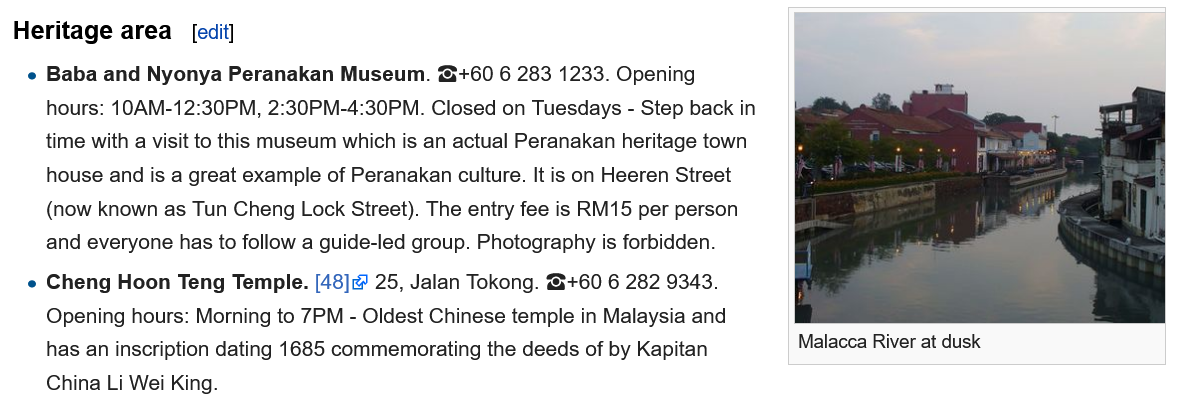
Heritage area   [edit]
   e Baba and Nyonya Peranakan Museum. &+60  6 283 1233. Opening
     hours: 10AM-12:30PM, 2:30PM-4:30PM. Closed on Tuesdays - Step back in
     time with a visit to this museum which is an actual Peranakan heritage town
     house and is a great example of Peranakan culture. It is on Heeren Street
     (now known as Tun Cheng Lock Street). The entry fee is RM15 per person
     and everyone has to follow a guide-led group. Photography is forbidden.
   e Cheng Hoon Teng Temple. [48] 25, Jalan Tokong. &+60 6 282 9343.
     Opening hours: Morning to 7PM
     -
     Oldest Chinese temple in Malaysia and
     has an inscription dating 1685 commemorating the deeds of by Kapitan
     China Li Wei Kina.
     Malacca River at dusk